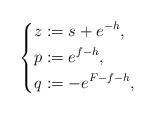
LaTeX: \begin{align*}\left\{ \begin{alignedat}{1}z&:= s+ e^{-h},\\p& := e^{f-h},\\q&:= -e^{F - f -h},\end{alignedat}\right. \end{align*}